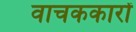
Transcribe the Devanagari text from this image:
वाचककारों